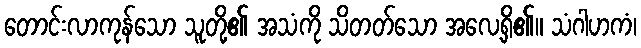
တောင်းလာကုန်သော သူတို့၏ အသံကို သိတတ်သော အလေ့ရှိ၏။ သံဂါဟကံ၊